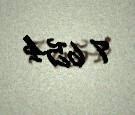
7 654